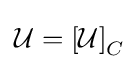
{\mathcal {U}}=\left[{\mathcal {U}}\right]_{C}